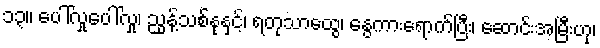
၁၃။ ပေါ်လှုပေါ်လှု၊ ညွန့်သစ်နုနှင့်၊ ရတုသာထွေ၊ နွေကားရောက်ပြီး၊ ဆောင်းအမြီးဟု၊